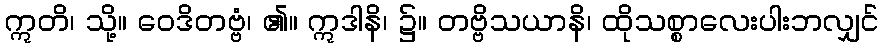
ဣတိ၊ သို့။ ဝေဒိတဗ္ဗံ၊ ၏။ ဣဒါနိ၊ ၌။ တဗ္ဗိသယာနိ၊ ထိုသစ္စာလေးပါးဘလျှင်